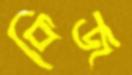
কিজ